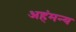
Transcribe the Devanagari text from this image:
अहंमन्य